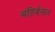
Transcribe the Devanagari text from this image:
बहिर्वलन